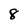
Character: 8